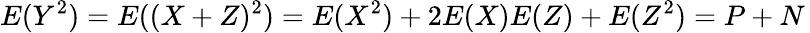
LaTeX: E(Y^{2})=E((X+Z)^{2})=E(X^{2})+2E(X)E(Z)+E(Z^{2})=P+N\,